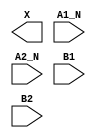
module sky130_fd_sc_hs__a2bb2o (
    X   ,
    A1_N,
    A2_N,
    B1  ,
    B2
);

    output X   ;
    input  A1_N;
    input  A2_N;
    input  B1  ;
    input  B2  ;

    // Voltage supply signals
    supply1 VPWR;
    supply0 VGND;

endmodule